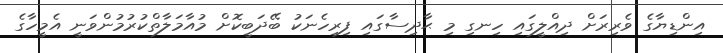
އިންޑިޔާގެ ވެރިރަށް ދިއްލީގައި ހިނގި މި ޙާދިސާގައި ފިރިހެނަކު ބޭދަބީކޮށް މުއާމަލާތްކުރުމުންވަނީ އެމީހާގެ